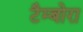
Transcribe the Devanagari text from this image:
टैम्बोरा